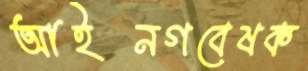
আইনগবেষক